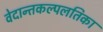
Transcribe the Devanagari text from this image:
वेदान्तकल्पलतिका